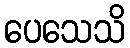
ပေသေသိ